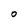
Character: O